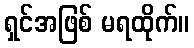
ရှင်အဖြစ် မရထိုက်။